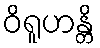
ဝိရူဟန္တိ